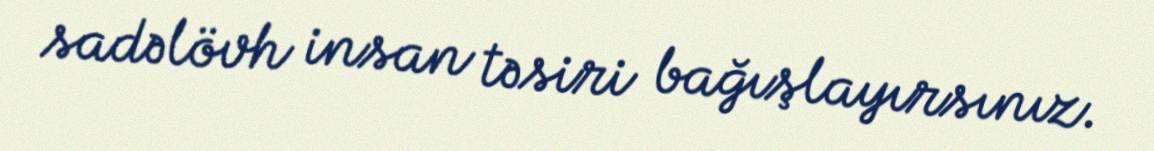
sadəlövh insan təsiri bağışlayırsınız.